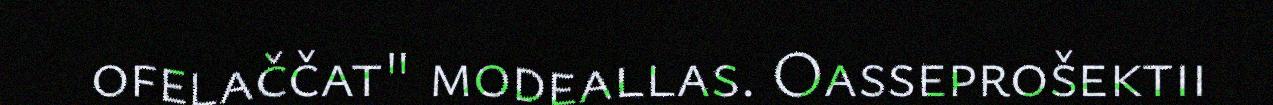
ofelaččat" modeallas. Oasseprošektii